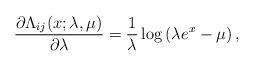
LaTeX: \begin{align*}\frac{\partial \Lambda_{ij}(x;\lambda,\mu)}{\partial\lambda}=\frac{1}{\lambda}\log\left(\lambda e^x-\mu\right),\end{align*}